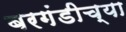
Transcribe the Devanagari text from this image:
बरगंडीच्या